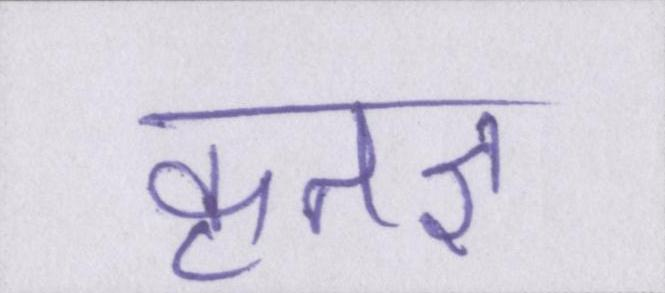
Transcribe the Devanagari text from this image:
कृतज्ञ